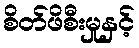
စိတ်ဖိစီးမှုနှင့်